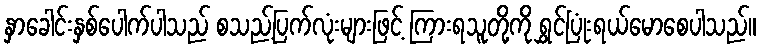
နှာခေါင်းနှစ်ပေါက်ပါသည် စသည့်ပြက်လုံးများဖြင့် ကြားရသူတို့ကို ရွှင်ပြုံးရယ်မောစေပါသည်။